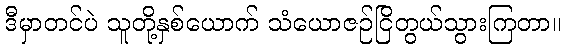
ဒီမှာတင်ပဲ သူတို့နှစ်ယောက် သံယောဇဉ်ငြိတွယ်သွားကြတာ။